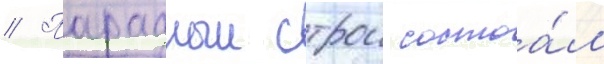
// Парадныи строи состоа́л